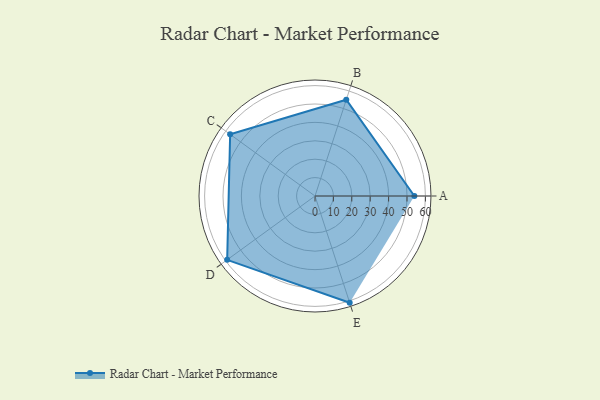
{"axis": {"x": "Skill", "y": "Score"}, "legend": ["Profile"], "data": [{"x": "A", "y": 54.0, "type": "Profile"}, {"x": "B", "y": 55.0, "type": "Profile"}, {"x": "C", "y": 57.0, "type": "Profile"}, {"x": "D", "y": 59.0, "type": "Profile"}, {"x": "E", "y": 61.0, "type": "Profile"}]}